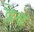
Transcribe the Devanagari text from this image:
द्रेव